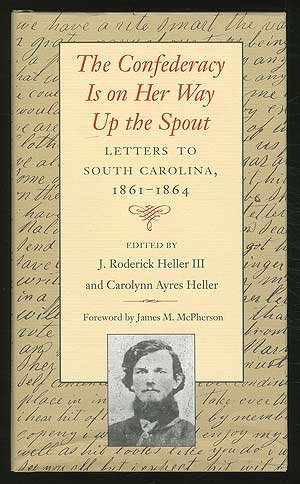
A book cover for The Confederacy Is on Her Way Up the Spout: Letters to South Carolina, 1861-1864; J. Roderick Heller; Travel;